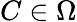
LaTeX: C\in\Omega